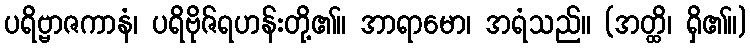
ပရိဗ္ဗာဇကာနံ၊ ပရိဗိုဇ်ရဟန်းတို့၏။ အာရာမော၊ အရံသည်။ (အတ္ထိ၊ ရှိ၏။)